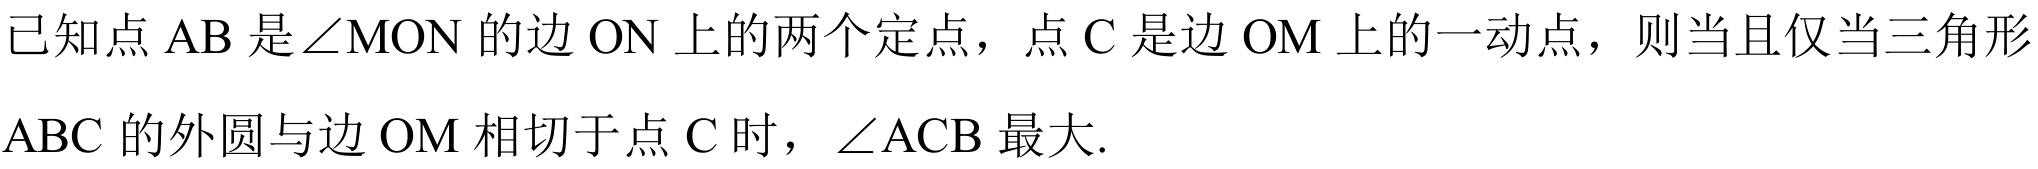
已知点$\mathrm{AB}$是$\angle \mathrm{M}\mathrm{O}\mathrm{N}$的边$\mathrm{ON}$上的两个定点，点$\mathrm{C}$是边$\mathrm{OM}$上的一动点，则当且仅当三角形$\mathrm{ABC}$的外圆与边$\mathrm{OM}$相切于点$\mathrm{C}$时，$\angle \mathrm{A}\mathrm{C}\mathrm{B}$最大.